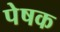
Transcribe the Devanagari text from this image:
पेषक